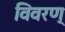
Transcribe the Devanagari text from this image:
विवरण्